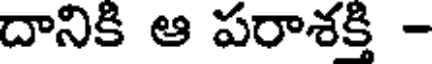
దానికి ఆ పరాశక్తి -